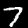
Label: 7